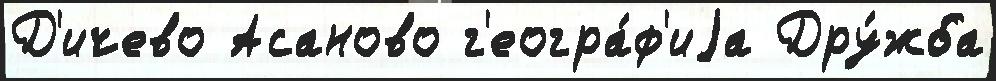
Д'ичево Асаново г'еогра́ф'иjа Дру́жба